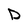
Character: D